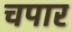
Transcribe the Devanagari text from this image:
चपार